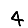
Digit: 4